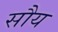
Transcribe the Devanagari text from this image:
सौय